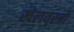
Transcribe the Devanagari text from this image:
खेलवस्त्रों